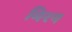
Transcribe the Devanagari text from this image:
मिरन